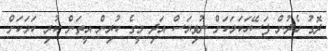
ދޮގު ހެދުން ފަސޭހަކަމަކަށް ނުވިޔަސް އަދި މީގެ ކުރިން އީތަން ކުރި ކަމަކަށް